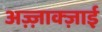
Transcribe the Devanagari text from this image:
अज़्ज़ाक्ज़ाई